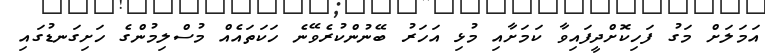
އަމަލަށް މަގު ފަހިކޮށްދީފައިވާ ކަމަށާއި މުޅި އަހަރު ބޭނުންކުރެވޭނެ ހަކަތައެއް މުސްލިމުންގެ ހަށިގަނޑުގައި